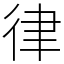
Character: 律